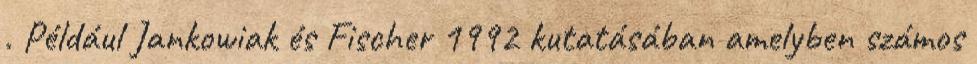
. Például Jankowiak és Fischer 1992 kutatásában amelyben számos